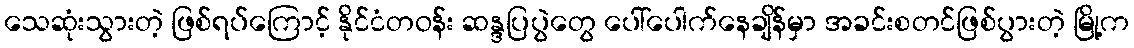
သေဆုံးသွားတဲ့ ဖြစ်ရပ်ကြောင့် နိုင်ငံတဝန်း ဆန္ဒပြပွဲတွေ ပေါ်ပေါက်နေချိန်မှာ အခင်းစတင်ဖြစ်ပွားတဲ့ မြို့က